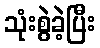
သုံးစွဲခဲ့ပြီး